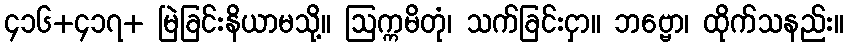
၄၁၆+၄၁၇+ မြဲခြင်းနိယာမသို့။ ဩက္ကမိတုံ၊ သက်ခြင်းငှာ။ ဘဗ္ဗော၊ ထိုက်သနည်း။